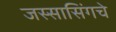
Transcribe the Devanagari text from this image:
जस्सासिंगचे